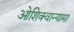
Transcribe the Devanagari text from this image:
ओशिक्वान्यामा